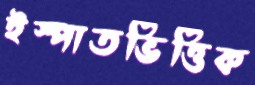
ইস্পাতভিত্তিক